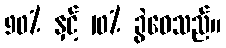
90% နှင့် 10% ခွဲဝေသည်။